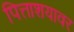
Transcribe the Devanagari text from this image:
पित्ताशयावर